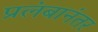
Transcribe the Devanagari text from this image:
प्रलंबानंतर